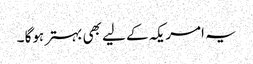
یہ امریکہ کے لیے بھی بہتر ہوگا ۔